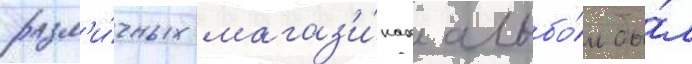
разл'и́чных магаз'и́нах альбо́м бы́л